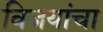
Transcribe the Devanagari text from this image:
विजयांचा